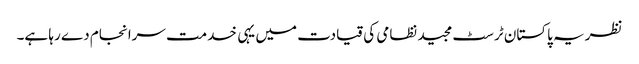
نظریہ پاکستان ٹرسٹ مجید نظامی کی قیادت میں یہی خدمت سرانجام دے رہا ہے۔